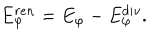
LaTeX: E _ { \varphi } ^ { r e n } = E _ { \varphi } - E _ { \varphi } ^ { d i v } .